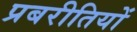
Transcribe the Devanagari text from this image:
प्रबरीतियों